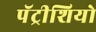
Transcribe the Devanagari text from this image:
पॅट्रीशियो